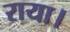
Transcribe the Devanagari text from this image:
राया।